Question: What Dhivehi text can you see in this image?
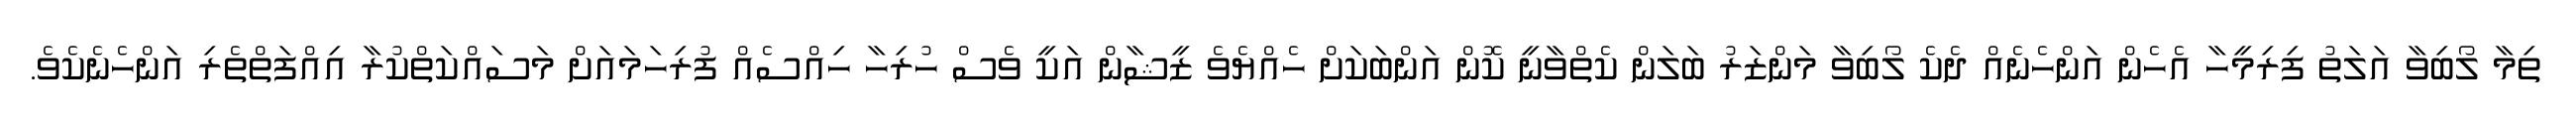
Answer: ތިމާ ލޯބިވާ އަލަތު ފިރިމީހާ އެހެން އަންހެނެއް ދެކެ ލޯބިވާ މަންޒަރު ބަލަން ކެތްވާނީ ކޮން އަންބަކަށް ހެއްޔެވެ ޒީޝާން އަކީ ވެސް ހުރިހާ ހިއްސެއް ފުރިހަމައަށް މަސައްކަތްކުރާ އިއްފަތްތެރި އަންހެނެކެވެ.